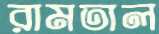
রামতাল